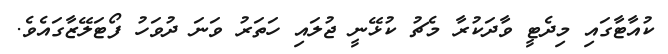
ކުއާޓާގައި މިދެޓީ ވާދަކުރާ މެޗު ކުޅޭނީ ޖުލައި ހަތަރު ވަނަ ދުވަހު ފޯޓަލޭޒާގައެވެ.